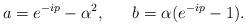
LaTeX: \begin{align*}a=e^{-ip}-\alpha^2, ~~~~~b=\alpha (e^{-ip}-1).\end{align*}